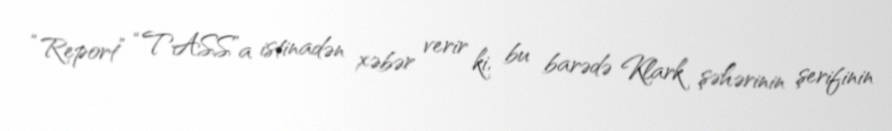
“Report” “TASS”a istinadən xəbər verir ki, bu barədə Klark şəhərinin şerifinin